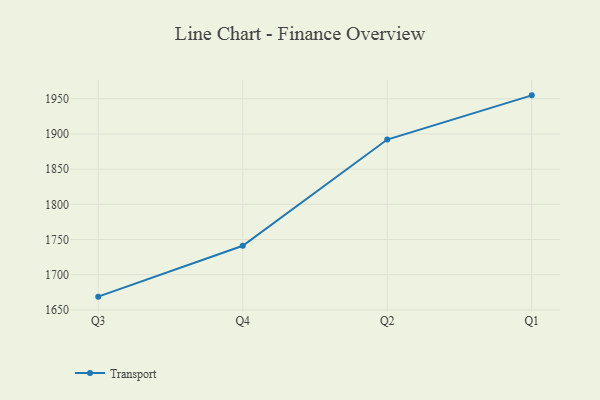
{"axis": {"x": "Quarter", "y": "Page Views"}, "legend": ["Transport"], "data": [{"x": "Q3", "y": 1668.8, "type": "Transport"}, {"x": "Q4", "y": 1741.1, "type": "Transport"}, {"x": "Q2", "y": 1892.0, "type": "Transport"}, {"x": "Q1", "y": 1954.8, "type": "Transport"}]}